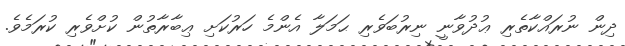
ދިން ނުރައްކާތެރި ޢުދުވާނީ ނިރުބަވެރި ޙަމަލާ އެންމެ ހަރުކަށި ޢިބާރާތުން ކުށްވެރި ކުރަމެވެ.